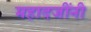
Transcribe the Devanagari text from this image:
महादजींनी